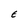
Character: E